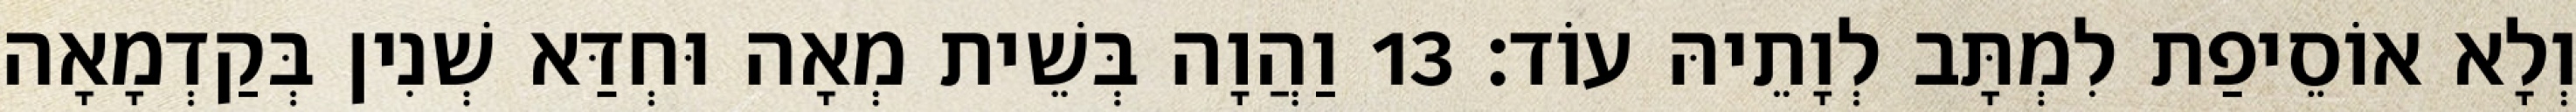
וְלָא אוֹסֵיפַת לִמְתָּב לְוָתֵיהּ עוֹד׃ 13 וַהֲוָה בְּשֵׁית מְאָה וּחְדַּא שְׁנִין בְּקַדְמָאָה